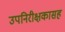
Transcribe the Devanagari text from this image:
उपनिरीक्षकासह